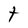
Character: t